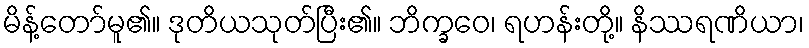
မိန့်တော်မူ၏။ ဒုတိယသုတ်ပြီး၏။ ဘိက္ခဝေ၊ ရဟန်းတို့။ နိဿရဏိယာ၊